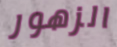
الزهور